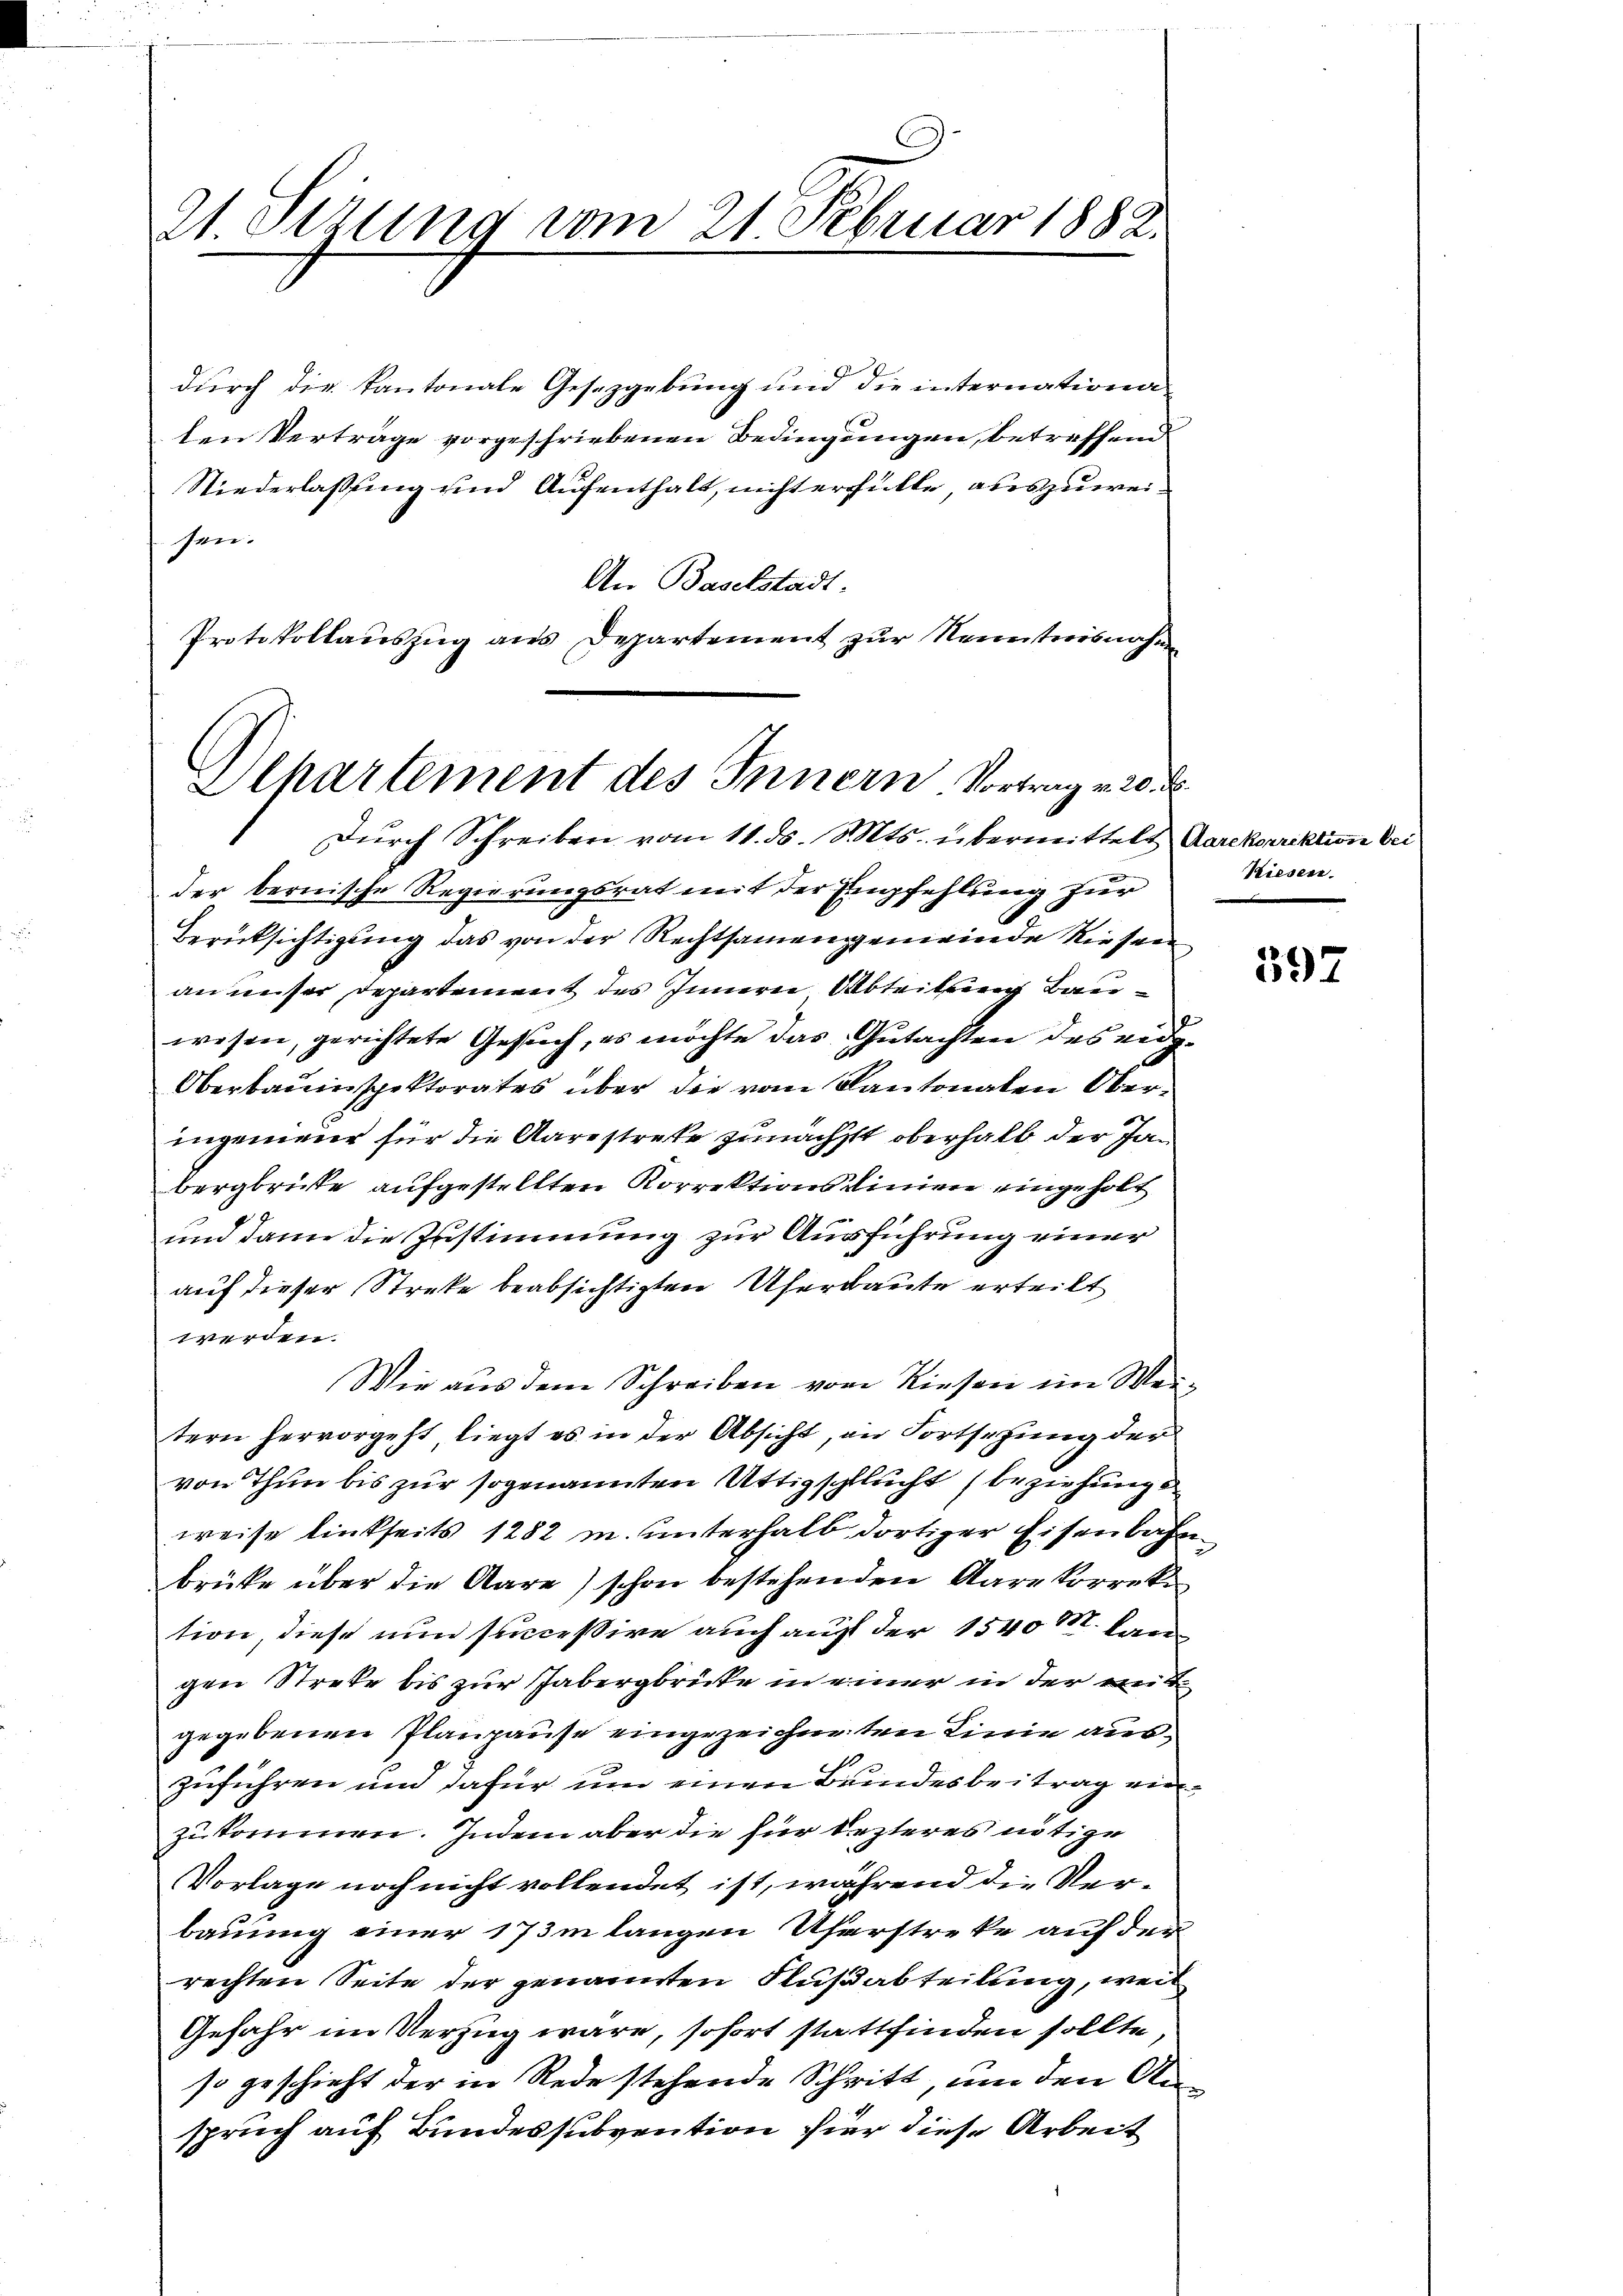
21. Stzung vom 21 Februar 1882.

Olhartement des Innern Vortrag v. 20.

durch die Kantonale Gesetzgebung und die internationa
ten Verträge vorgeschriebenen Bedingungen, betreffend
Niederlassung und Aufenthalt, nicht erfülle auszuweisen.
An Baselstadt.
Protokollauszug aus Departement zur Kenntnisnah¬

Dŭrch Schreiben vom 11. ds. Mts. übermittelt Aarekorrektion bei
der bernische Regierungsrat mit der Empfehlung zur
Berücksichtigung das von der Rechtsamengemeinde Riesen
an unser Departement des Innern Abteilung Bauwesen, gerichtete Gesuch, es möchte das Gutachten des eidg.
Oberbauinspektorates über die vom Kantonalen Oberingeneur für die Aarestreke zunächst oberhalb der Jabergbrite aufgestellten Korrektionsdinien eingeholt
und dann die Zustimmung zur Ausführung einer
auf dieser Streke beabsichtigten Uferbaute erteilt
werden.
Wie aus dem Schreiben vom Rieser im Weitern hervorgeht, liegt es in der Absicht, in Fortsezung der
von Thun bis zur sogenannten Uttig schlucht beziehungs
weise linkseits 1282 u. unterhalb dortiger Eisenbahn
brüke über die Aare) schon bestehenden Aarekorrek
tion, diese nun succeßive auch auf der 1540 M. langen Streke bis zur Tabergbrücke in einer in der mit
gegebenen Planpause eingezeichneten Linie auszuführen und dafür um einen Bundesbeitrag einzukommen. Indem aber die für lezteres nötige
Vorlage noch nicht vollendet ist, während die Verbauung einer 173 m langen Uferstreke auf der
rechten Seite der genannten Flußabteilung, weil
Gefahr im Verzug wäre, sofort stattfinden sollte,
so geschieht der in Rede stehende Schritt, um den Anspruch auf Bundessubvention hier diese Arbeit

Kiesen.

597